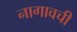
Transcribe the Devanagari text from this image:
नागावची